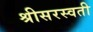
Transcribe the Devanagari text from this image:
श्रीसरस्वती